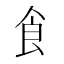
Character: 飠